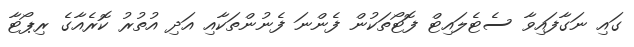
ގައި ނަގާފައިވާ ސެޓެލައިޓް ފޮޓޯތަކުން ފެންނަ ފެނުންތަކާއި އަދި އުތުރު ކޮރެއާގެ ރިޕޯޓާ